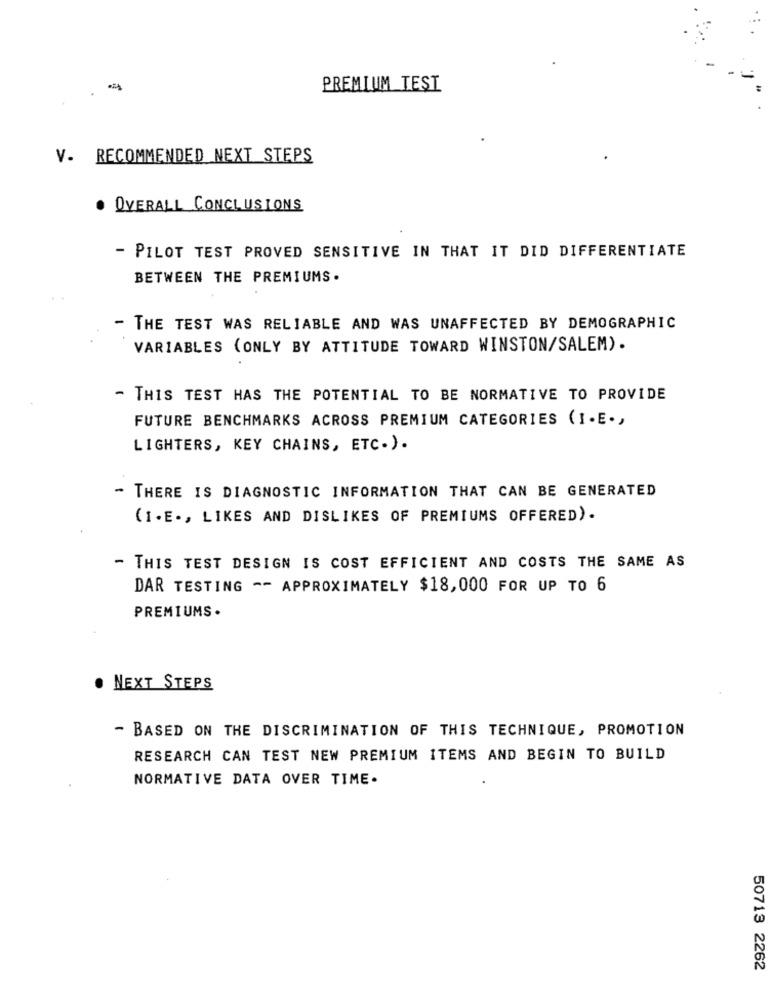
PREMIUM TEST
V. RECOMMENDED NEXT STEPS
. OVERALL CONCLUSIONS
- PILOT TEST PROVED SENSITIVE IN THAT IT DID DIFFERENTIATE
BETWEEN THE PREMIUMS .
THE TEST WAS RELIABLE AND WAS UNAFFECTED BY DEMOGRAPHIC
VARIABLES (ONLY BY ATTITUDE TOWARD WINSTON/SALEM).
- THIS TEST HAS THE POTENTIAL TO BE NORMATIVE TO PROVIDE
FUTURE BENCHMARKS ACROSS PREMIUM CATEGORIES (I.E .,
LIGHTERS, KEY CHAINS, ETC.).
- THERE IS DIAGNOSTIC INFORMATION THAT CAN BE GENERATED
(I.E ., LIKES AND DISLIKES OF PREMIUMS OFFERED).
- THIS TEST DESIGN IS COST EFFICIENT AND COSTS THE SAME AS
DAR TESTING -- APPROXIMATELY $18,000 FOR UP TO 6
PREMIUMS .
. NEXT STEPS
- BASED ON THE DISCRIMINATION OF THIS TECHNIQUE, PROMOTION
RESEARCH CAN TEST NEW PREMIUM ITEMS AND BEGIN TO BUILD
NORMATIVE DATA OVER TIME.
50713 2262